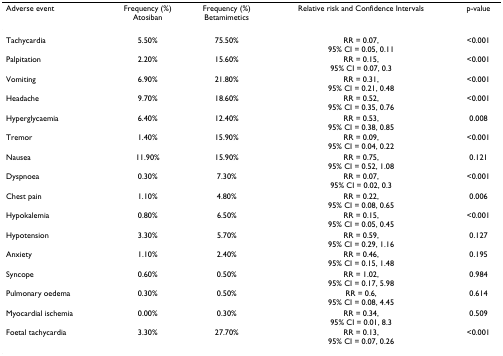
<table><thead><tr><td><b>Adverse event</b></td><td><b>Frequency (%)Atosiban</b></td><td><b>Frequency (%)Betamimetics</b></td><td><b>Relative risk and Confidence Intervals</b></td><td><b>p-value</b></td></tr></thead><tbody><tr><td>Tachycardia</td><td>5.50%</td><td>75.50%</td><td>RR = 0.07,95% CI = 0.05, 0.11</td><td>&lt;0.001</td></tr><tr><td>Palpitation</td><td>2.20%</td><td>15.60%</td><td>RR = 0.15,95% CI = 0.07, 0.3</td><td>&lt;0.001</td></tr><tr><td>Vomiting</td><td>6.90%</td><td>21.80%</td><td>RR = 0.31,95% CI = 0.21, 0.48</td><td>&lt;0.001</td></tr><tr><td>Headache</td><td>9.70%</td><td>18.60%</td><td>RR = 0.52,95% CI = 0.35, 0.76</td><td>&lt;0.001</td></tr><tr><td>Hyperglycaemia</td><td>6.40%</td><td>12.40%</td><td>RR = 0.53,95% CI = 0.38, 0.85</td><td>0.008</td></tr><tr><td>Tremor</td><td>1.40%</td><td>15.90%</td><td>RR = 0.09,95% CI = 0.04, 0.22</td><td>&lt;0.001</td></tr><tr><td>Nausea</td><td>11.90%</td><td>15.90%</td><td>RR = 0.75,95% CI = 0.52, 1.08</td><td>0.121</td></tr><tr><td>Dyspnoea</td><td>0.30%</td><td>7.30%</td><td>RR = 0.07,95% CI = 0.02, 0.3</td><td>&lt;0.001</td></tr><tr><td>Chest pain</td><td>1.10%</td><td>4.80%</td><td>RR = 0.22,95% CI = 0.08, 0.65</td><td>0.006</td></tr><tr><td>Hypokalemia</td><td>0.80%</td><td>6.50%</td><td>RR = 0.15,95% CI = 0.05, 0.45</td><td>&lt;0.001</td></tr><tr><td>Hypotension</td><td>3.30%</td><td>5.70%</td><td>RR = 0.59,95% CI = 0.29, 1.16</td><td>0.127</td></tr><tr><td>Anxiety</td><td>1.10%</td><td>2.40%</td><td>RR = 0.46,95% CI = 0.15, 1.48</td><td>0.195</td></tr><tr><td>Syncope</td><td>0.60%</td><td>0.50%</td><td>RR = 1.02,95% CI = 0.17, 5.98</td><td>0.984</td></tr><tr><td>Pulmonary oedema</td><td>0.30%</td><td>0.50%</td><td>RR = 0.6,95% CI = 0.08, 4.45</td><td>0.614</td></tr><tr><td>Myocardial ischemia</td><td>0.00%</td><td>0.30%</td><td>RR = 0.34,95% CI = 0.01, 8.3</td><td>0.509</td></tr><tr><td>Foetal tachycardia</td><td>3.30%</td><td>27.70%</td><td>RR = 0.13,95% CI = 0.07, 0.26</td><td>&lt;0.001</td></tr></tbody></table>